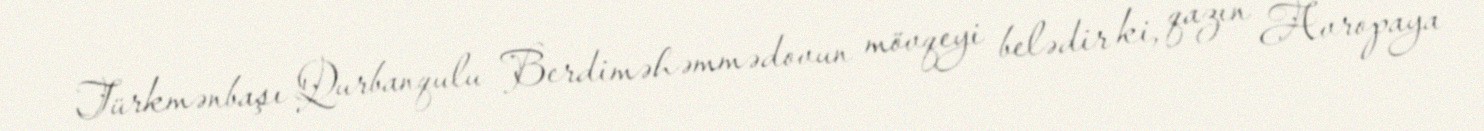
Türkmənbaşı Qurbanqulu Berdiməhəmmədovun mövqeyi belədir ki, qazın Avropaya